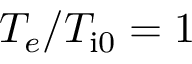
T _ { e } / T _ { \mathrm { i 0 } } = 1